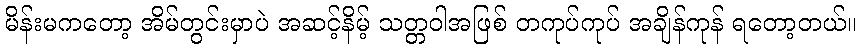
မိန်းမကတော့ အိမ်တွင်းမှာပဲ အဆင့်နိမ့် သတ္တဝါအဖြစ် တကုပ်ကုပ် အချိန်ကုန် ရတော့တယ်။